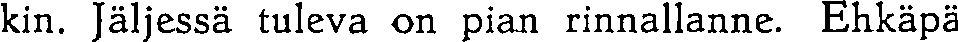
kin. Jäljessä tuleva on pian rinnallanne. Ehkäpä